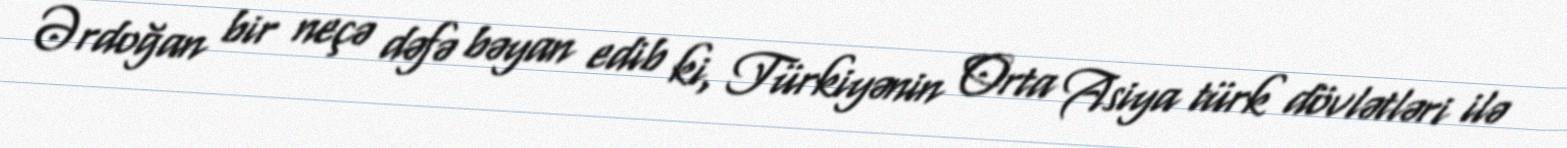
Ərdoğan bir neçə dəfə bəyan edib ki, Türkiyənin Orta Asiya türk dövlətləri ilə